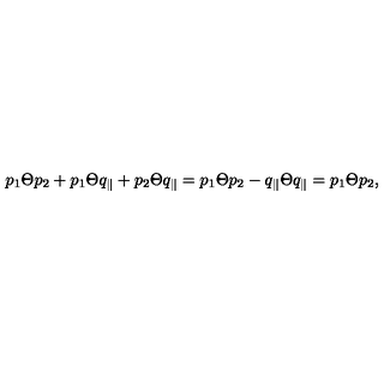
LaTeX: p _ { 1 } \Theta p _ { 2 } + p _ { 1 } \Theta q _ { \parallel } + p _ { 2 } \Theta q _ { \parallel } = p _ { 1 } \Theta p _ { 2 } - q _ { \parallel } \Theta q _ { \parallel } = p _ { 1 } \Theta p _ { 2 } ,